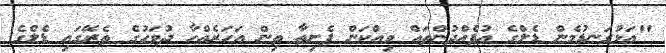
"އަޅުގަނޑުމެން ޑެލްގެ އުފެއްދުންތައް ވިއްކަން ފެށިތާ ތިން އަހަރެއްހާ ދުވަހުގެ ތެރޭގައި ޑެލްގެ